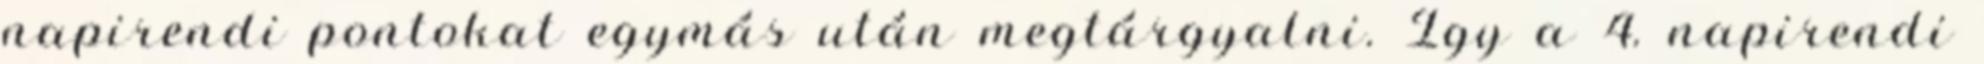
napirendi pontokat egymás után megtárgyalni. Így a 4. napirendi